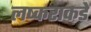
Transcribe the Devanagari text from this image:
लष्कराकडे